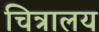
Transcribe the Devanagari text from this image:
चित्रालय